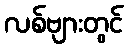
လစ်ဗျားတွင်